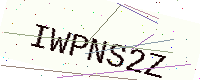
Text: IWPNS2Z